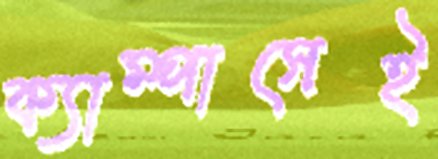
ক্যাম্পাসেই